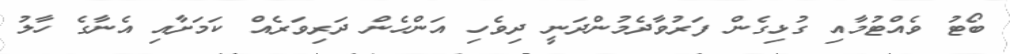
ބޯޓު ވެއްޓުމާއި ގުޅިގެން ފަރުވާދެމުންދަނީ ދިވެހި އަންހެން ދަރިވަރެއް ކަމަށާއި އެނާގެ ހާލު